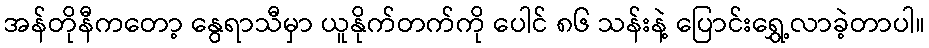
အန်တိုနီကတော့ နွေရာသီမှာ ယူနိုက်တက်ကို ပေါင် ၈၆ သန်းနဲ့ ပြောင်းရွှေ့လာခဲ့တာပါ။